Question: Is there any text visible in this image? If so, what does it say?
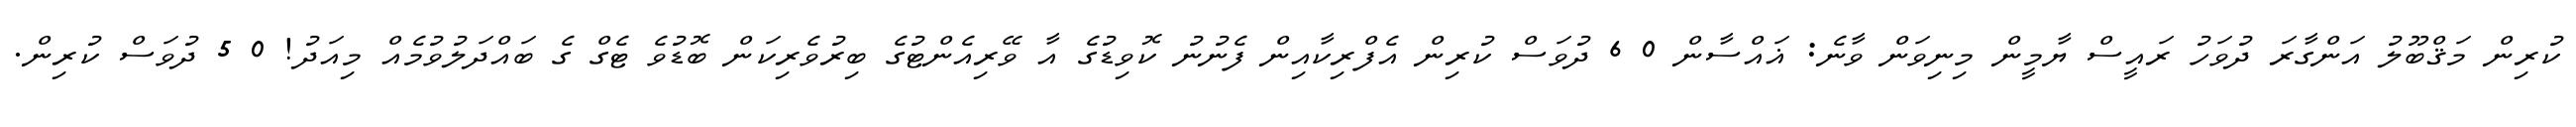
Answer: ކުރިން މަޤްބޫލު އަންގާރަ ދުވަހު ރައީސް ޔާމީން މިނިވަން ވާނެ: ޣައްސާން 0 6 ދުވަސް ކުރިން އެފްރިކާއިން ފެނުނު ކޮވިޑުގެ އާ ވޭރިއެންޓުގެ ބިރުވެރިކަން ބޮޑުވެ ޓެގް ގެ ބައްދަލުވުމެއް މިއަދު! 0 5 ދުވަސް ކުރިން.